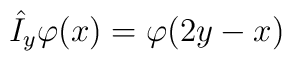
\hat{I}_{y}\varphi (x)=\varphi (2y-x)